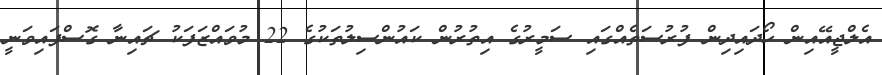
އެލްޖީއޭއިން ހޯދައިދިން ފުރުސަތެއްގައި ސަމީރުގެ އިތުރުން ކައުންސިލުތަކުގެ 22 މުވައްޒަފަކު ޗައިނާ ގޮސްފައިވަނީ